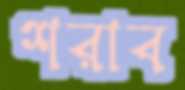
শরাব